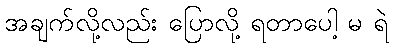
အချက်လို့လည်း ပြောလို့ ရတာပေါ့ မ ရဲ